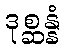
ဒုစ္ဆန္နံ